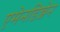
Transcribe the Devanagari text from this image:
एमेनडिन्जेन